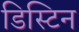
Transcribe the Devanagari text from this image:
डिस्टिन